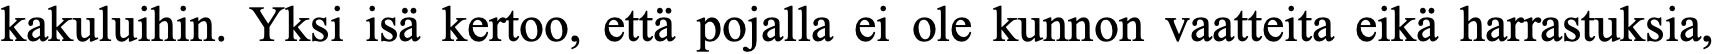
kakuluihin. Yksi isä kertoo, että pojalla ei ole kunnon vaatteita eikä harrastuksia,